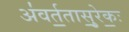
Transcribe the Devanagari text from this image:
अ॑वर्त॒तासु॒रेकः॒